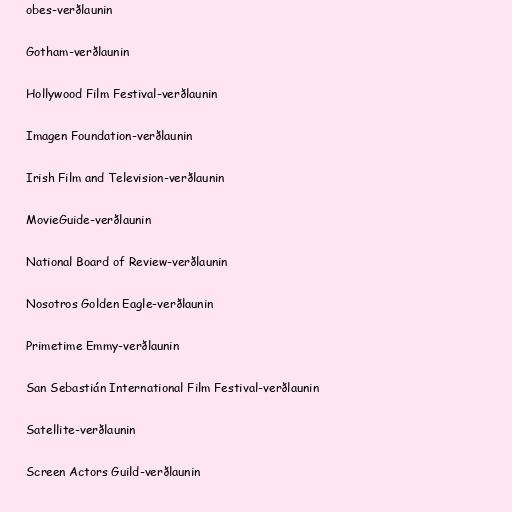
obes-verðlaunin

Gotham-verðlaunin

Hollywood Film Festival-verðlaunin

Imagen Foundation-verðlaunin

Irish Film and Television-verðlaunin

MovieGuide-verðlaunin

National Board of Review-verðlaunin

Nosotros Golden Eagle-verðlaunin

Primetime Emmy-verðlaunin

San Sebastián International Film Festival-verðlaunin

Satellite-verðlaunin

Screen Actors Guild-verðlaunin